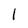
Character: 1